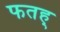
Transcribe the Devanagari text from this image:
फतह्